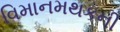
વિમાનમથકની